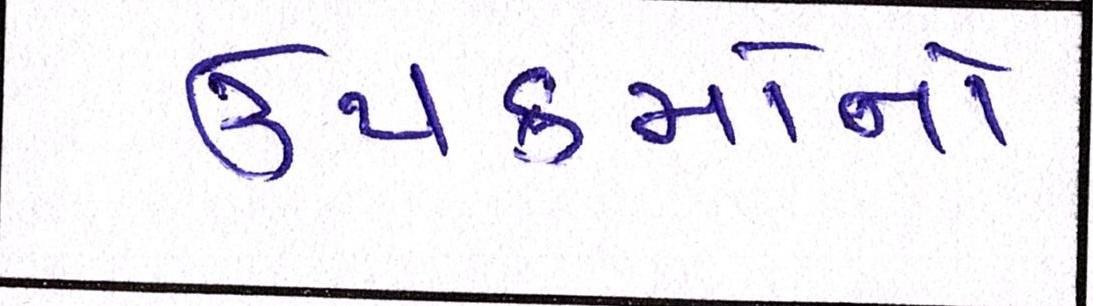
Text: ઉપક્રમોનો